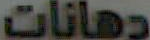
دهانات